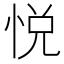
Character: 悦